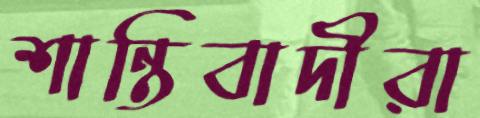
শান্তিবাদীরা